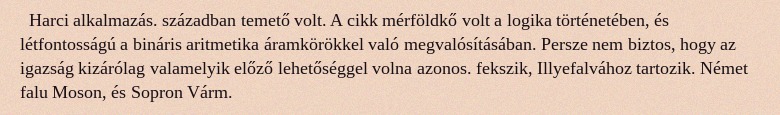
Harci alkalmazás. században temető volt. A cikk mérföldkő volt a logika történetében, és létfontosságú a bináris aritmetika áramkörökkel való megvalósításában. Persze nem biztos, hogy az igazság kizárólag valamelyik előző lehetőséggel volna azonos. fekszik, Illyefalvához tartozik. Német falu Moson, és Sopron Várm.